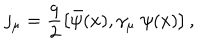
j _ { \mu } = \frac { q } { 2 } \left[ \bar { \psi } ( x ) , \gamma _ { \mu } \; \psi ( x ) \right] ,